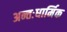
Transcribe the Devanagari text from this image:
अन्तःधार्मिक